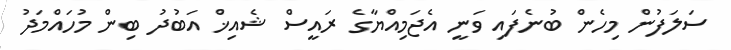
ސަލަފުން މިހެން ބުނެފައި ވަނީ އެޖަމިއްޔާގެ ރައީސް ޝެއިޚް އަބުދު ބިން މުހައްމަދު